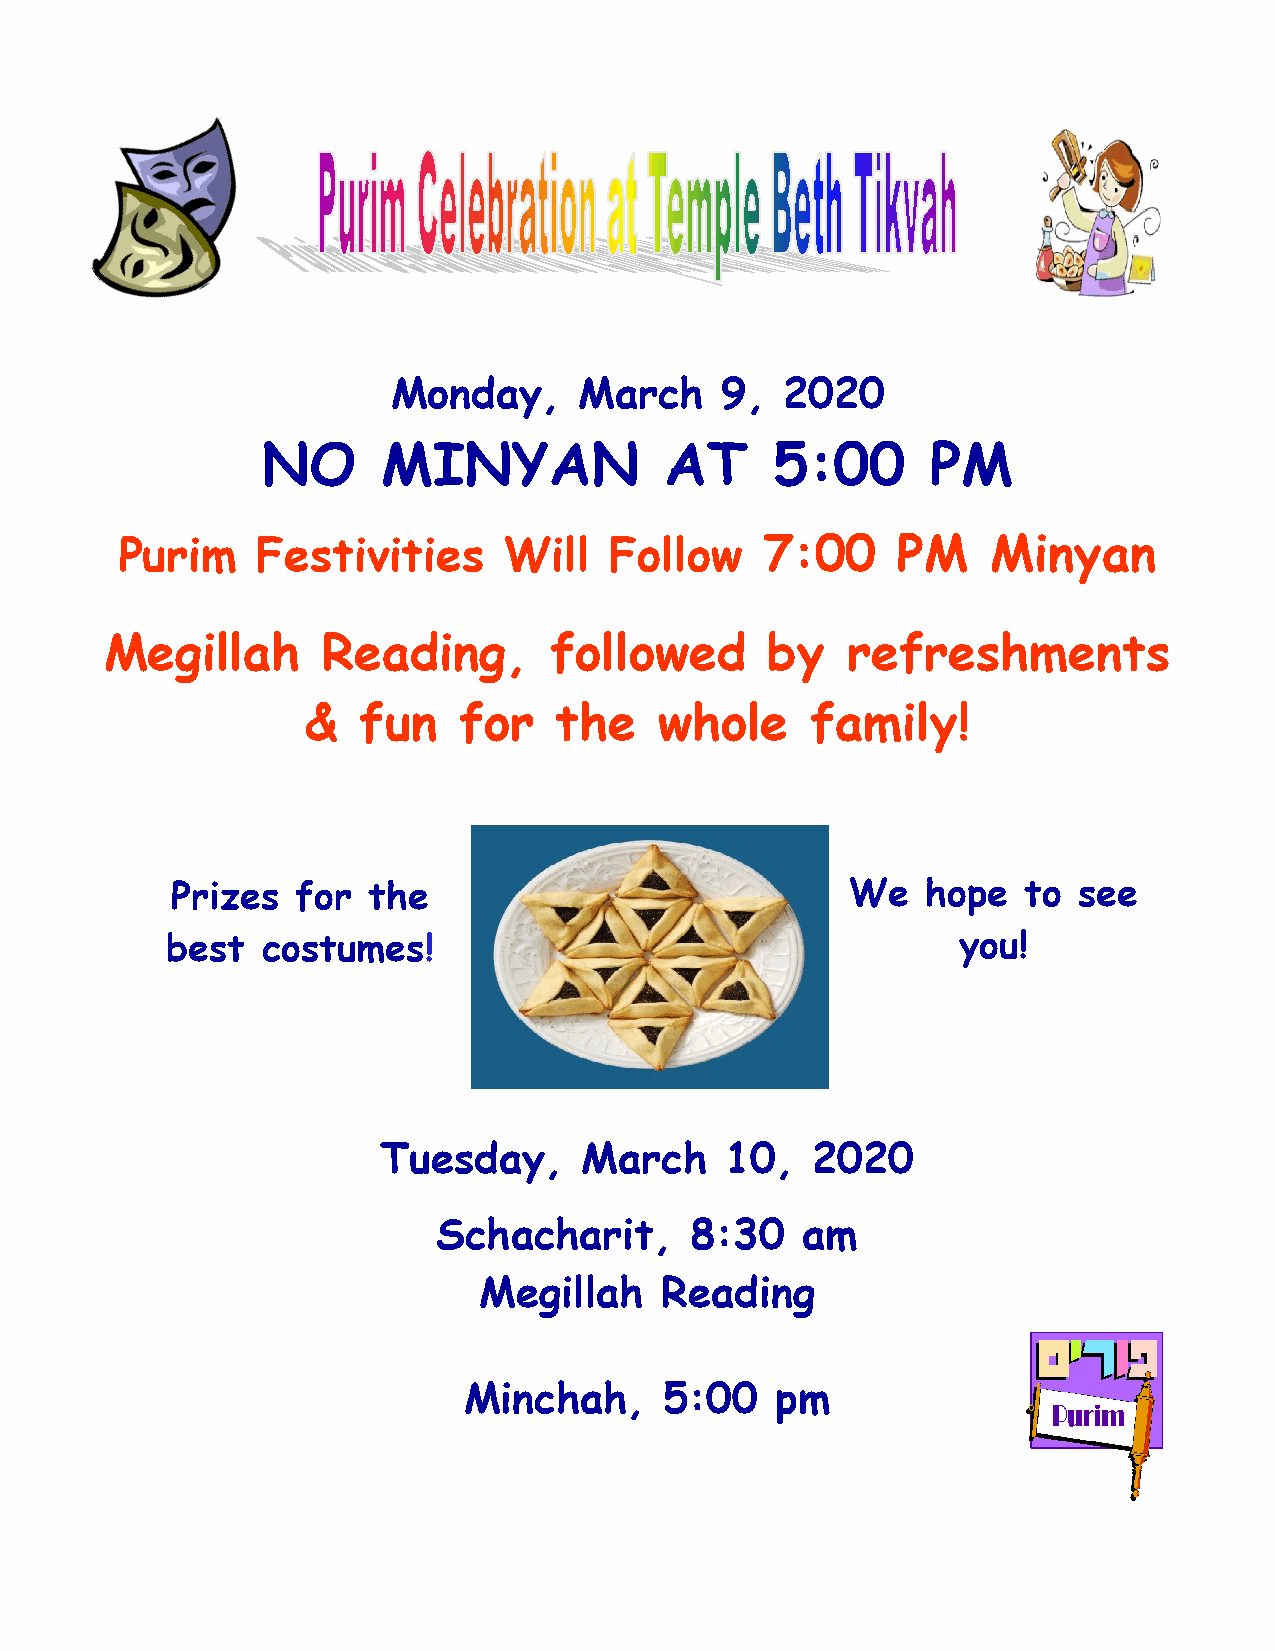
Monday,     March     9,  2020
 NO      MINYAN             AT     5:00       PM
 Purim    Festivities     Will   Follow     7:00    PM     Minyan
 Megillah      Reading,       followed       by   refreshments
 &   fun   for    the    whole     family!
 Prizes   for the                             We   hope   to see
 best  costumes!                                      you!
 Tuesday,     March     10,   2020
 Schacharit,      8:30   am
 Megillah    Reading
 Minchah,     5:00   pm